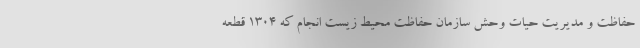
حفاظت و مدیریت حیات وحش سازمان حفاظت محیط زیست انجام که ۱۳۰۴ قطعه